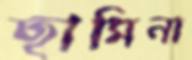
ছামিনা